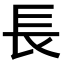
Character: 長